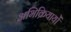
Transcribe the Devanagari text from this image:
अभिक्रियायों